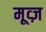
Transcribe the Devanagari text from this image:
मूव्ज़